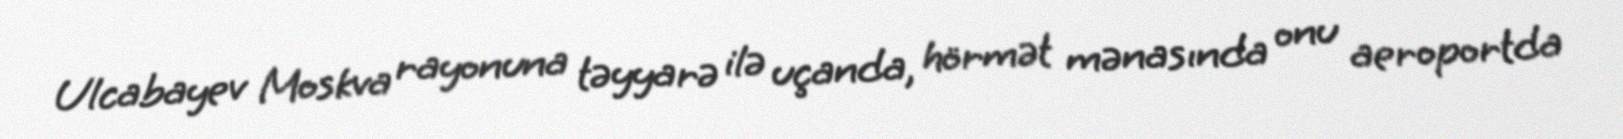
Ulcabayev Moskva rayonuna təyyarə ilə uçanda, hörmət mənasında onu aeroportda